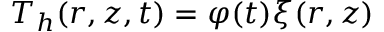
T _ { h } ( r , z , t ) = \varphi ( t ) \xi ( r , z )